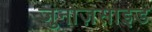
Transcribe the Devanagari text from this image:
जुनोज़साइड